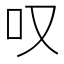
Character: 叹